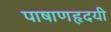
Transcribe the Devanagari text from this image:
पाषाणहृदयी